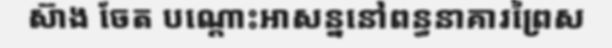
ស៊ាង ចែត បណ្តោះអាសន្ននៅពន្ធនាគារព្រៃស